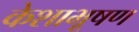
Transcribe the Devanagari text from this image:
केशाभूषण